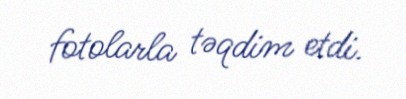
fotolarla təqdim etdi.